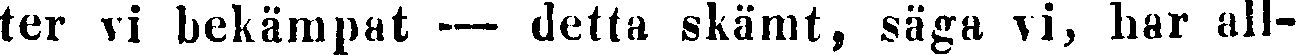
ter vi bekämpat — detta skämt, säga vi, har all-